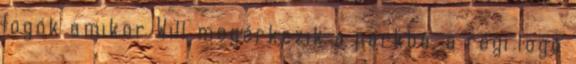
logók amikor Will megérkezik a parkba, a régi logó